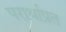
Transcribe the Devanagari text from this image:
परार्थाप्रत